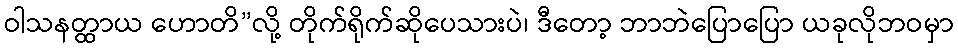
ဝါသနတ္ထာယ ဟောတိ”လို့ တိုက်ရိုက်ဆိုပေသားပဲ၊ ဒီတော့ ဘာဘဲပြောပြော ယခုလိုဘဝမှာ